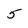
Character: 5